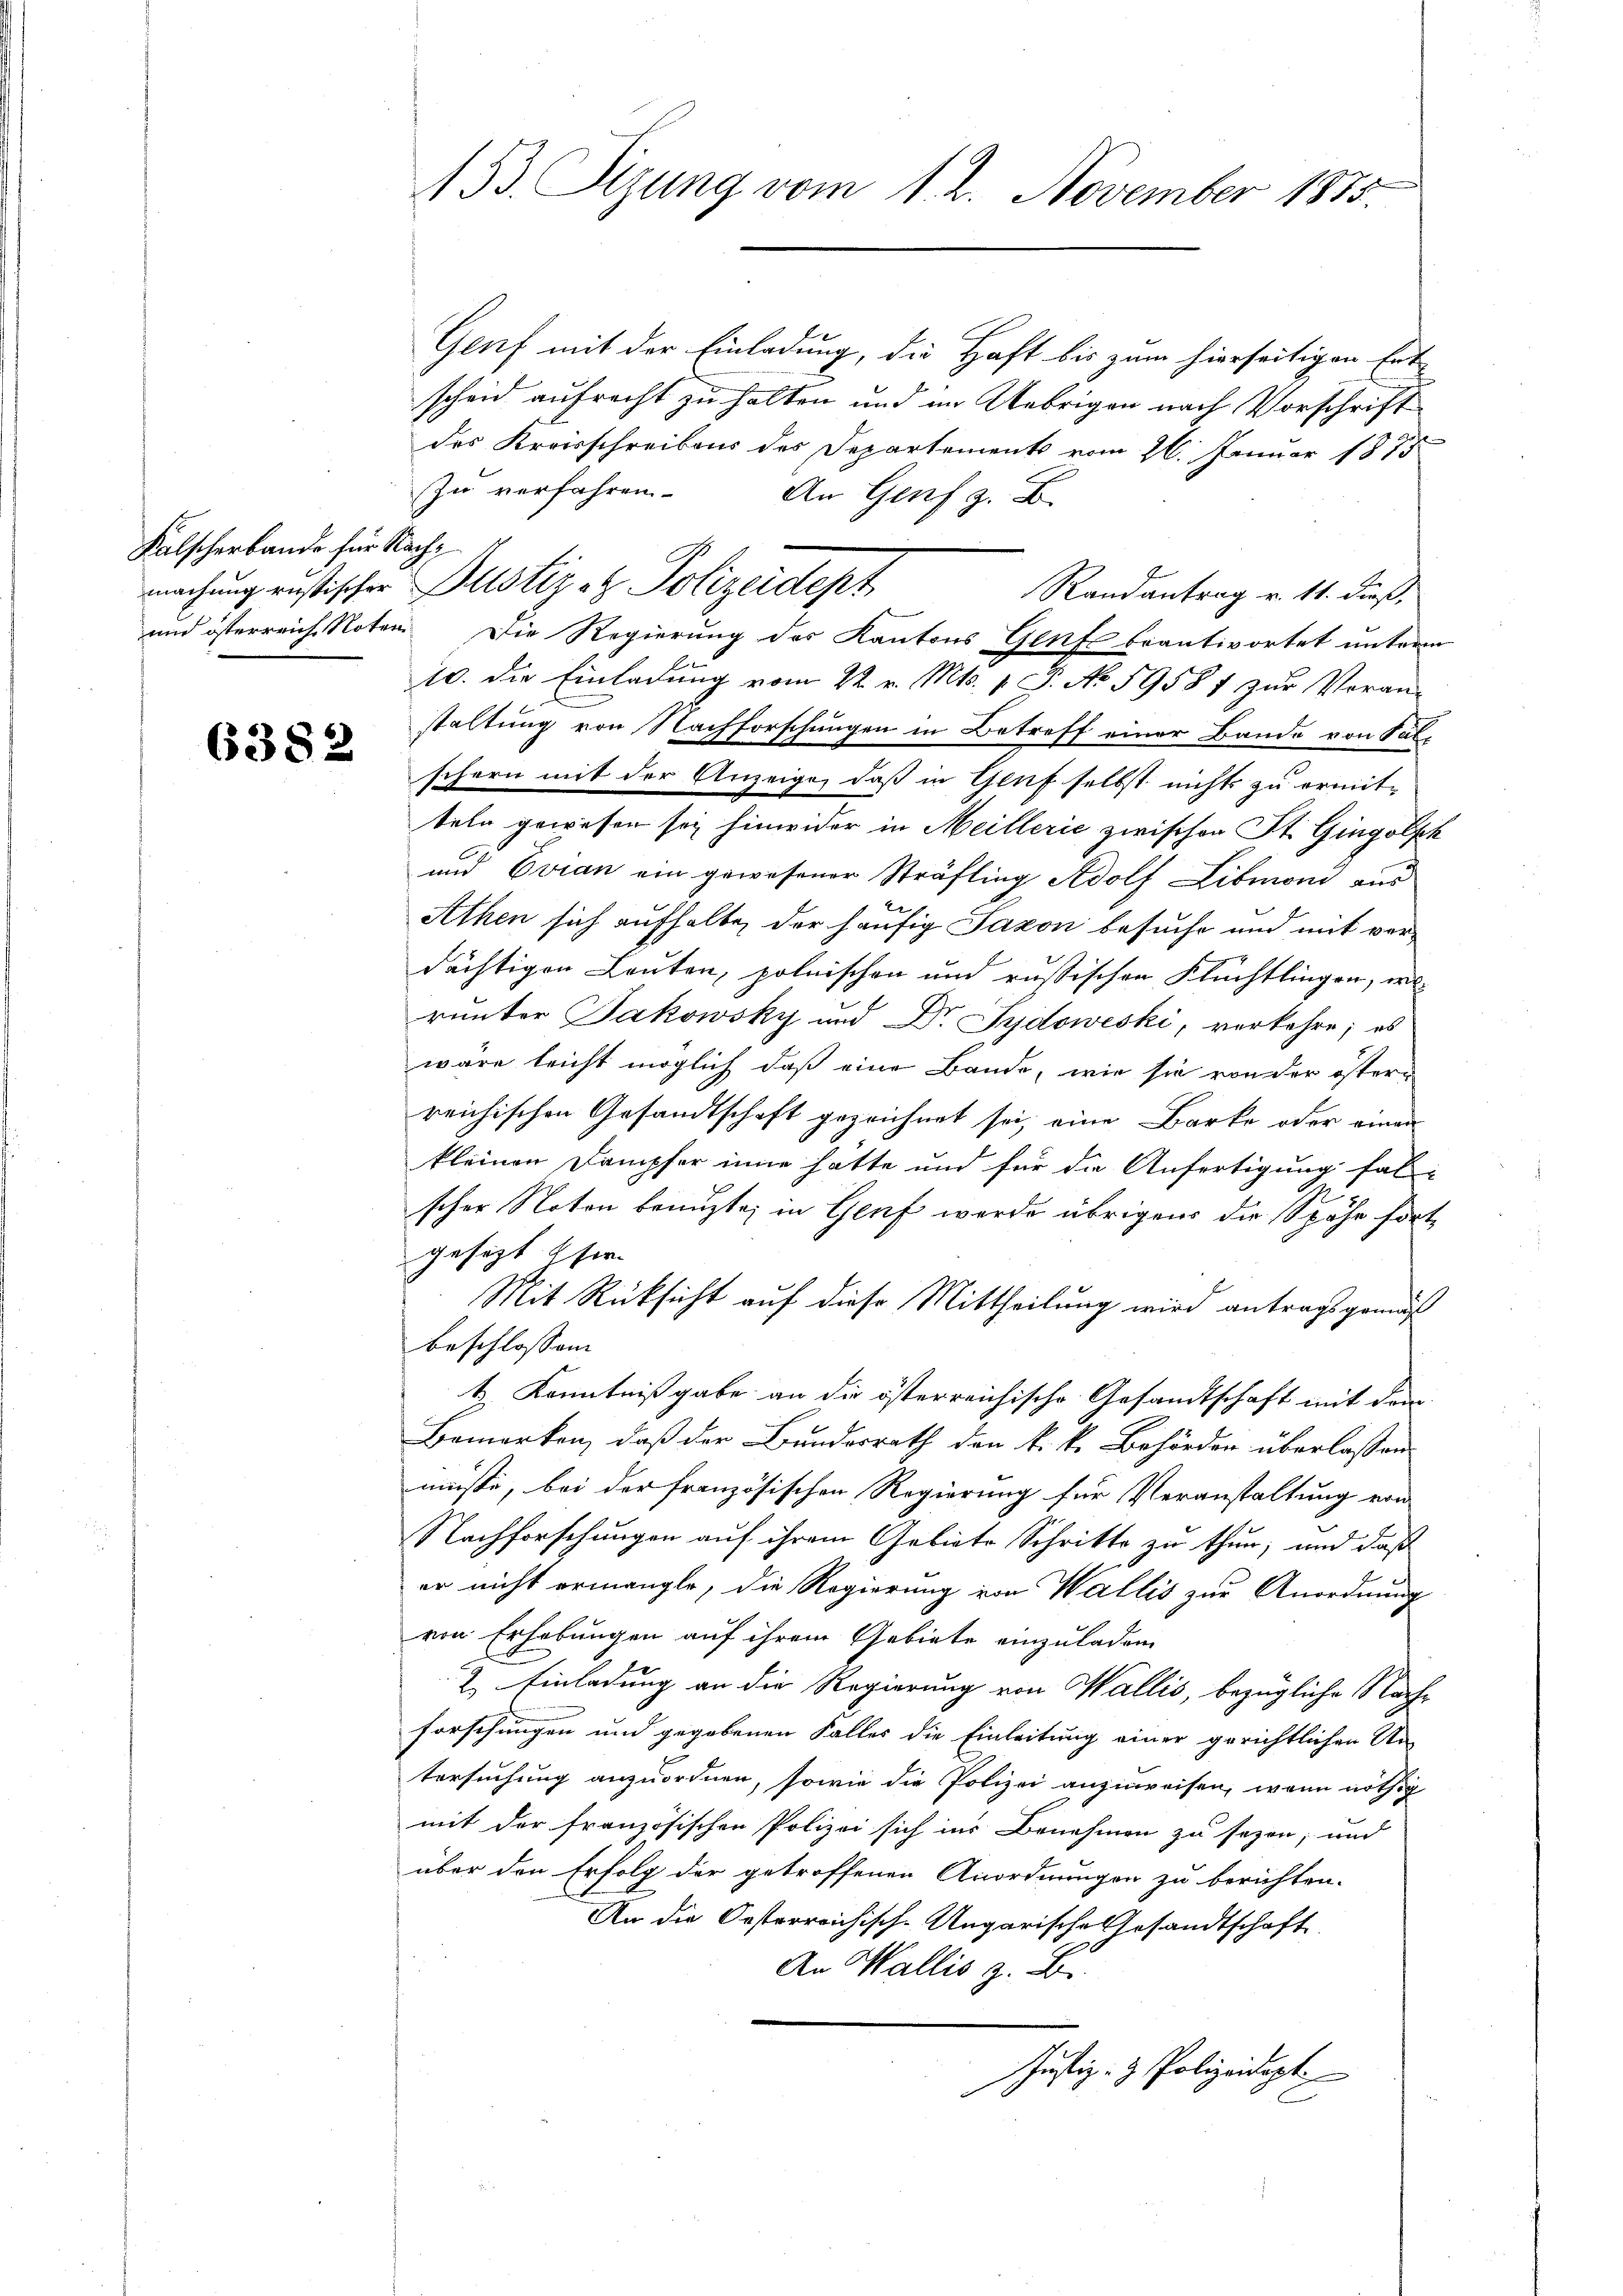
Falscherbande für Nach¬

6382

153. Sizung vom 1. 2. November 1875.

Genf mit der Einladung, die Haft bis zum hierseitigen Ent-
scheid aufrecht zu halten und im Uebrigen nach Vorschrift
des Kreisschreibens des Departements vom 26. Januar 1815
Zu verfahren.
An Genf z. B.
Randantrag v. 11. dieß,
und österreich Noten. Die Regierung des Kantons Genfe beantwortet unterm
10. die Einladung vom 22. v. Mts. v. J. No 59581 zur Voran-
staltung von Nachforschungen in Betreff einer Bande von Sal-
schern mit der Anzeige, daß in Genf selbst nichts zu ermit-
teln gewesen sei hinwider in Meillerie zwischen St. Gingolfh
und Evian ein gewesener Sträfling Adolf Libmoni aus
Athen sich aufhalte, der häufig Saxon besuche und mit verdächtigen Leuten, polnischen und russischen Flüchtlingen, w
runter Jakowsky und Dr. Sydowski, verkehre; es
wäre leicht möglich, daß eine Bande, wie sie von der öster-
reichischen Gesandtschaft gezeichnet sei, eine Barke oder einen
kleinen Dampfer inne hätte und für die Anfertigung fal-
scher Noten benuzte; in Genf wurde übrigens die Spähe fortgesezt Eher
Mit Rücksicht auf diese Mittheilung wird antragsgemäß
beschlossen
t Kenntnißgabe an die österreichische Gesandtschaft mit dem
Bemerken, daß der Bundesrath den k. k. Behörden überlassen
müsse, bei der französischen Regierung für Veranstaltung von
Nachforschungen auf ihrem Gebiete Schritte zu thun; und daß
er nicht ermangle, die Regierung von Wallis zur Anordnung
von Erhebungen auf ihrem Gebiete einzuladen
2. Einladung an die Regierung von Wallis, bezügliche Nachforschungen und gegebenen Falles die Einleitung einer gerichtlichen Un-
tersuchung anzuordnen, sowie die Polizei anzuweisen, wenn nöthig
mit der französischen Polizei sich ins Benehmen zu sezen, und
über den Erfolg der getroffenen Anordnungen zu berichten.
An die Oesterreichisch-Ungarische Gesandtschaft
An Wallis z. B.
Justiz- & Polizeidigt.

machung rustischer Pustiz et Polizeidept